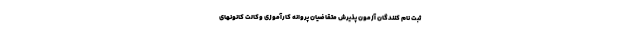
ثبت نام کنندگان آزمون پذیرش متقاضیان پروانه کارآموزی وکالت کانونهای